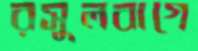
রসুলবাগে